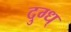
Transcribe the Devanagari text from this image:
दुग्ध्